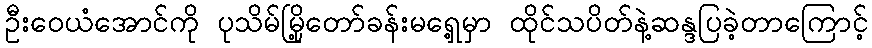
ဦးဝေယံအောင်ကို ပုသိမ်မြို့တော်ခန်းမရှေ့မှာ ထိုင်သပိတ်နဲ့ဆန္ဒပြခဲ့တာကြောင့်